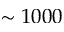
\sim 1 0 0 0